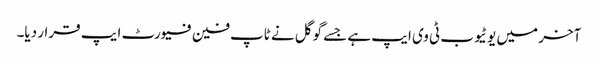
آخر میں یوٹیوب ٹی وی ایپ ہے جسے گوگل نے ٹاپ فین فیورٹ ایپ قرار دیا۔